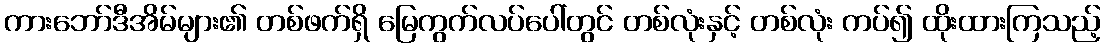
ကားဘော်ဒီအိမ်များ၏ တစ်ဖက်ရှိ မြေကွက်လပ်ပေါ်တွင် တစ်လုံးနှင့် တစ်လုံး ကပ်၍ ထိုးထားကြသည့်